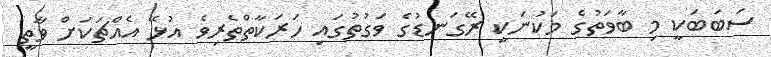
ސަބަބަކީ މި ބާވަތުގެ މަކުނަކީ ރޭގަނޑުގެ ވަގުތުގައި ހަރަކާތްތެރިވެ އުޅޭ އެއްޗަކަށް ވާތީ